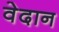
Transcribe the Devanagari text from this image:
वेदान